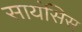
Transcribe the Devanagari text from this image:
सायंसिस